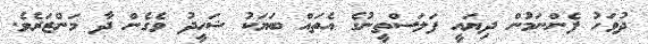
ދުވަހު ފެންނަމުން ދިޔައީ ފަލަސްތީނުގެ އެތައް ބަޔަކު ޝަހީދު ވެގެން ދާ މަންޒަރެވެ.